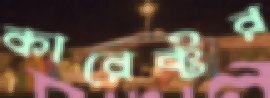
কারেক্টর